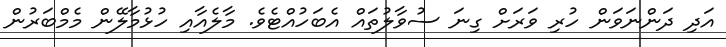
އަދި ދަންނަވަން ހުރި ވަރަށް ގިނަ ސުވާލުތައް އެބަހުއްޓެވެ. މާލެއާއި ހުޅުމާލޭން މެމްބަރުން